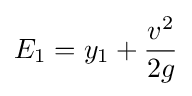
E_{1}=y_{1}+{\frac {v^{2}}{2g}}